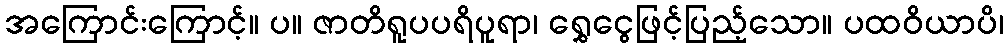
အကြောင်းကြောင့်။ ပ။ ဇာတိရူပပရိပူရာ၊ ရွှေငွေဖြင့်ပြည့်သော။ ပထဝိယာပိ၊